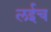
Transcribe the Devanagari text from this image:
लईच